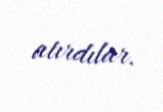
atırdılar.